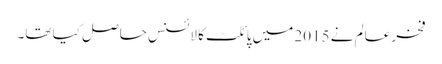
فخر عالم نے 2015 میں پائلٹ کا لائسنس حاصل کیا تھا۔